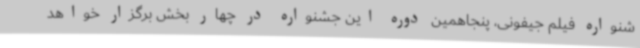
شنواره فیلم جیفونی، پنجاهمین دوره این جشنواره در چهار بخش برگزار خواهد